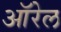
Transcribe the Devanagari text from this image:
ऑरेल